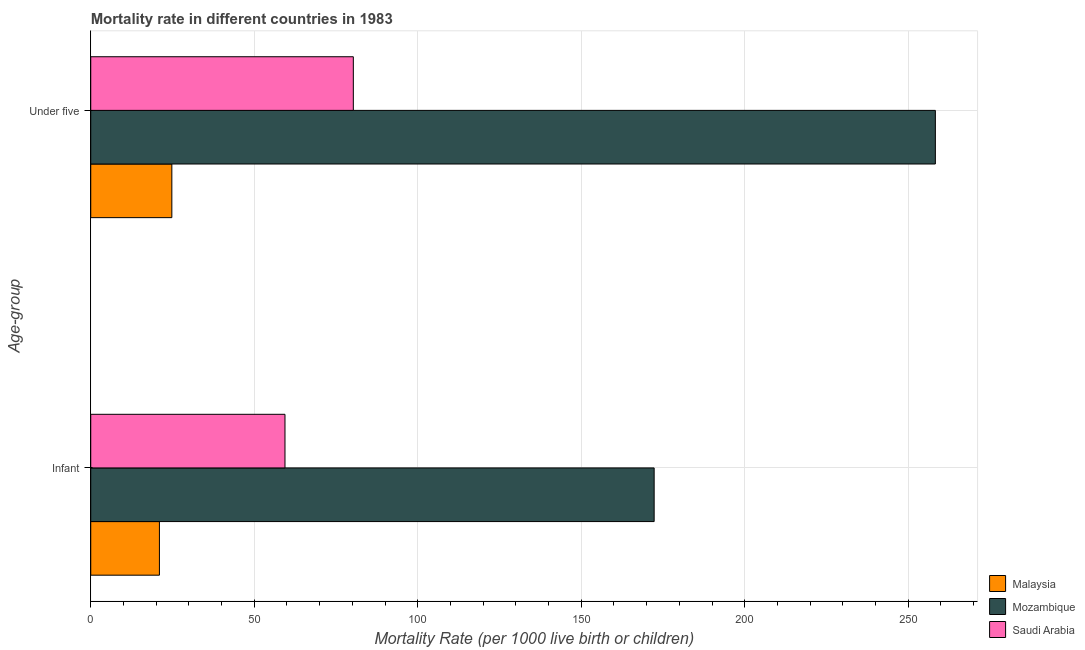
| Age-group | Malaysia | Mozambique | Saudi Arabia |
 | --- | --- | --- | --- |
 | Infant | 21 | 172 | 59.4 |
 | Under five | 24.8 | 258 | 80.3 |